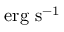
\mathrm { e r g ~ s ^ { - 1 } }